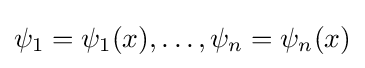
\psi _{1}=\psi _{1}(x),\ldots ,\psi _{n}=\psi _{n}(x)